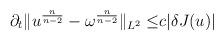
LaTeX: \begin{align*}\partial_{t}\Vert u^{\frac{n}{n-2}}-\omega^{\frac{n}{n-2}}\Vert_{L^{2}}\leq &c\vert \delta J(u)\vert\end{align*}